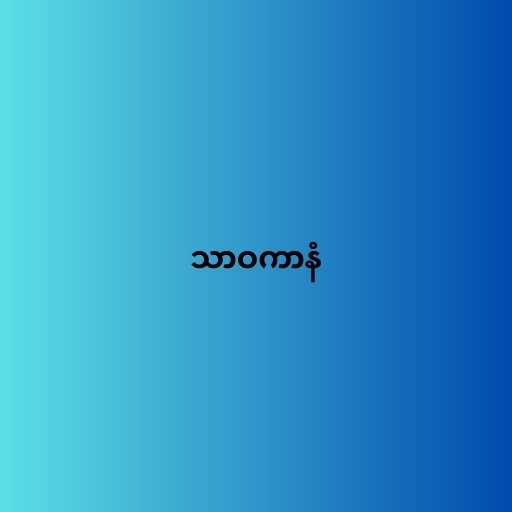
သာဝကာနံ